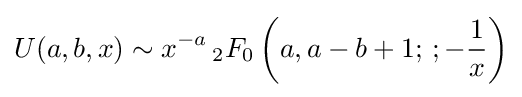
U(a,b,x)\sim x^{-a}\,_{2}F_{0}\left(a,a-b+1;\,;-{\frac {1}{x}}\right)